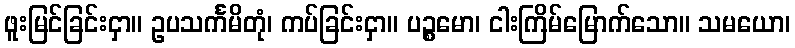
ဖူးမြင်ခြင်းငှာ။ ဥပသင်္ကမိတုံ၊ ကပ်ခြင်းငှာ။ ပဉ္စမော၊ ငါးကြိမ်မြောက်သော။ သမယော၊